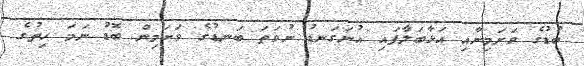
ބުޑުގެ ވަށަމިނާއި އަޅާބަލާފައި އުނަގަނޑު ނުވަތަ ބަނޑުގެ ވަށަމިން ބޮޑު ނަމަ ހިތުގެ